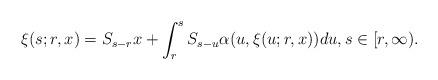
LaTeX: \begin{align*}\xi(s;r,x) &= S_{s-r} x + \int_r^s S_{s-u} \alpha(u,\xi(u;r,x)) du, s \in [r,\infty).\end{align*}